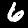
Digit: 6